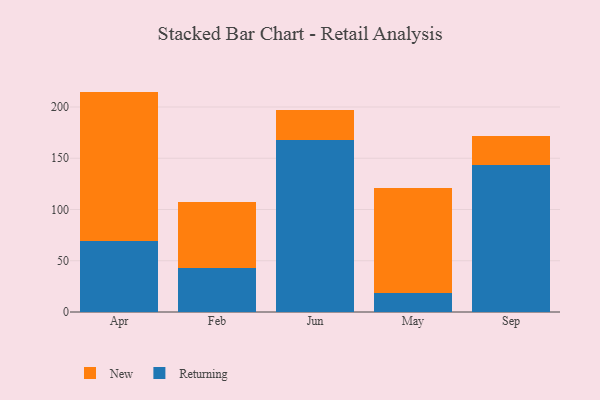
{"axis": {"x": "Month", "y": "Budget (USD K)"}, "legend": ["New", "Returning"], "data": [{"x": "Apr", "y": 69.5, "type": "Returning"}, {"x": "Apr", "y": 145.5, "type": "New"}, {"x": "Feb", "y": 42.5, "type": "Returning"}, {"x": "Feb", "y": 65.0, "type": "New"}, {"x": "Jun", "y": 167.9, "type": "Returning"}, {"x": "Jun", "y": 28.7, "type": "New"}, {"x": "May", "y": 18.1, "type": "Returning"}, {"x": "May", "y": 103.3, "type": "New"}, {"x": "Sep", "y": 143.4, "type": "Returning"}, {"x": "Sep", "y": 28.5, "type": "New"}]}